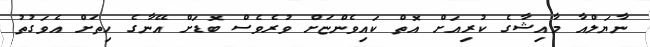
ނާޔަލްއާ މާއިޝާގެ ކުރިއަށް އޮތް ކައިވެންޏަށް ވުރެވެސް ބޮޑަށް އޭނާގެ ހިތަށް އެވަގުތު